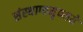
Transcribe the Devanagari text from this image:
संस्थाप्यमृण्मये